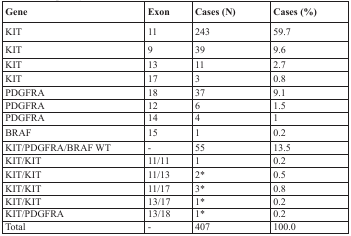
| Gene | Exon | Cases (N) | Cases (%) |
 | --- | --- | --- | --- |
 | KIT | 11 | 243 | 59.7 |
 | KIT | 9 | 39 | 9.6 |
 | KIT | 13 | 11 | 2.7 |
 | KIT | 17 | 3 | 0.8 |
 | PDGFRA | 18 | 37 | 9.1 |
 | PDGFRA | 12 | 6 | 1.5 |
 | PDGFRA | 14 | 4 | 1 |
 | BRAF | 15 | 1 | 0.2 |
 | KIT/PDGFRA/BRAF WT | - | 55 | 13.5 |
 | KIT/KIT | 11/11 | 1 | 0.2 |
 | KIT/KIT | 11/13 | 2* | 0.5 |
 | KIT/KIT | 11/17 | 3* | 0.8 |
 | KIT/KIT | 13/17 | 1* | 0.2 |
 | KIT/PDGFRA | 13/18 | 1* | 0.2 |
 | Total | - | 407 | 100.0 |